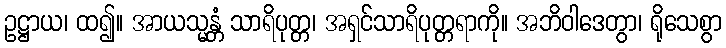
ဥဋ္ဌာယ၊ ထ၍။ အာယသ္မန္တံ သာရိပုတ္တ၊ အရှင်သာရိပုတ္တရာကို။ အဘိဝါဒေတွာ၊ ရိုသေစွာ